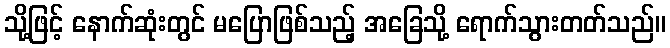
သို့ဖြင့် နောက်ဆုံးတွင် မပြောဖြစ်သည့် အခြေသို့ ရောက်သွားတတ်သည်။